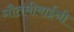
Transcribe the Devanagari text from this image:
गौतमीबाईंनी